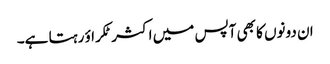
ان دونوں کا بھی آپس میں اکثر ٹکراؤ رہتا ہے۔